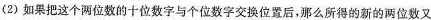
(2)如果把这个两位数的十位数字与个位数字交换位置后，那么所得的新的两位数又